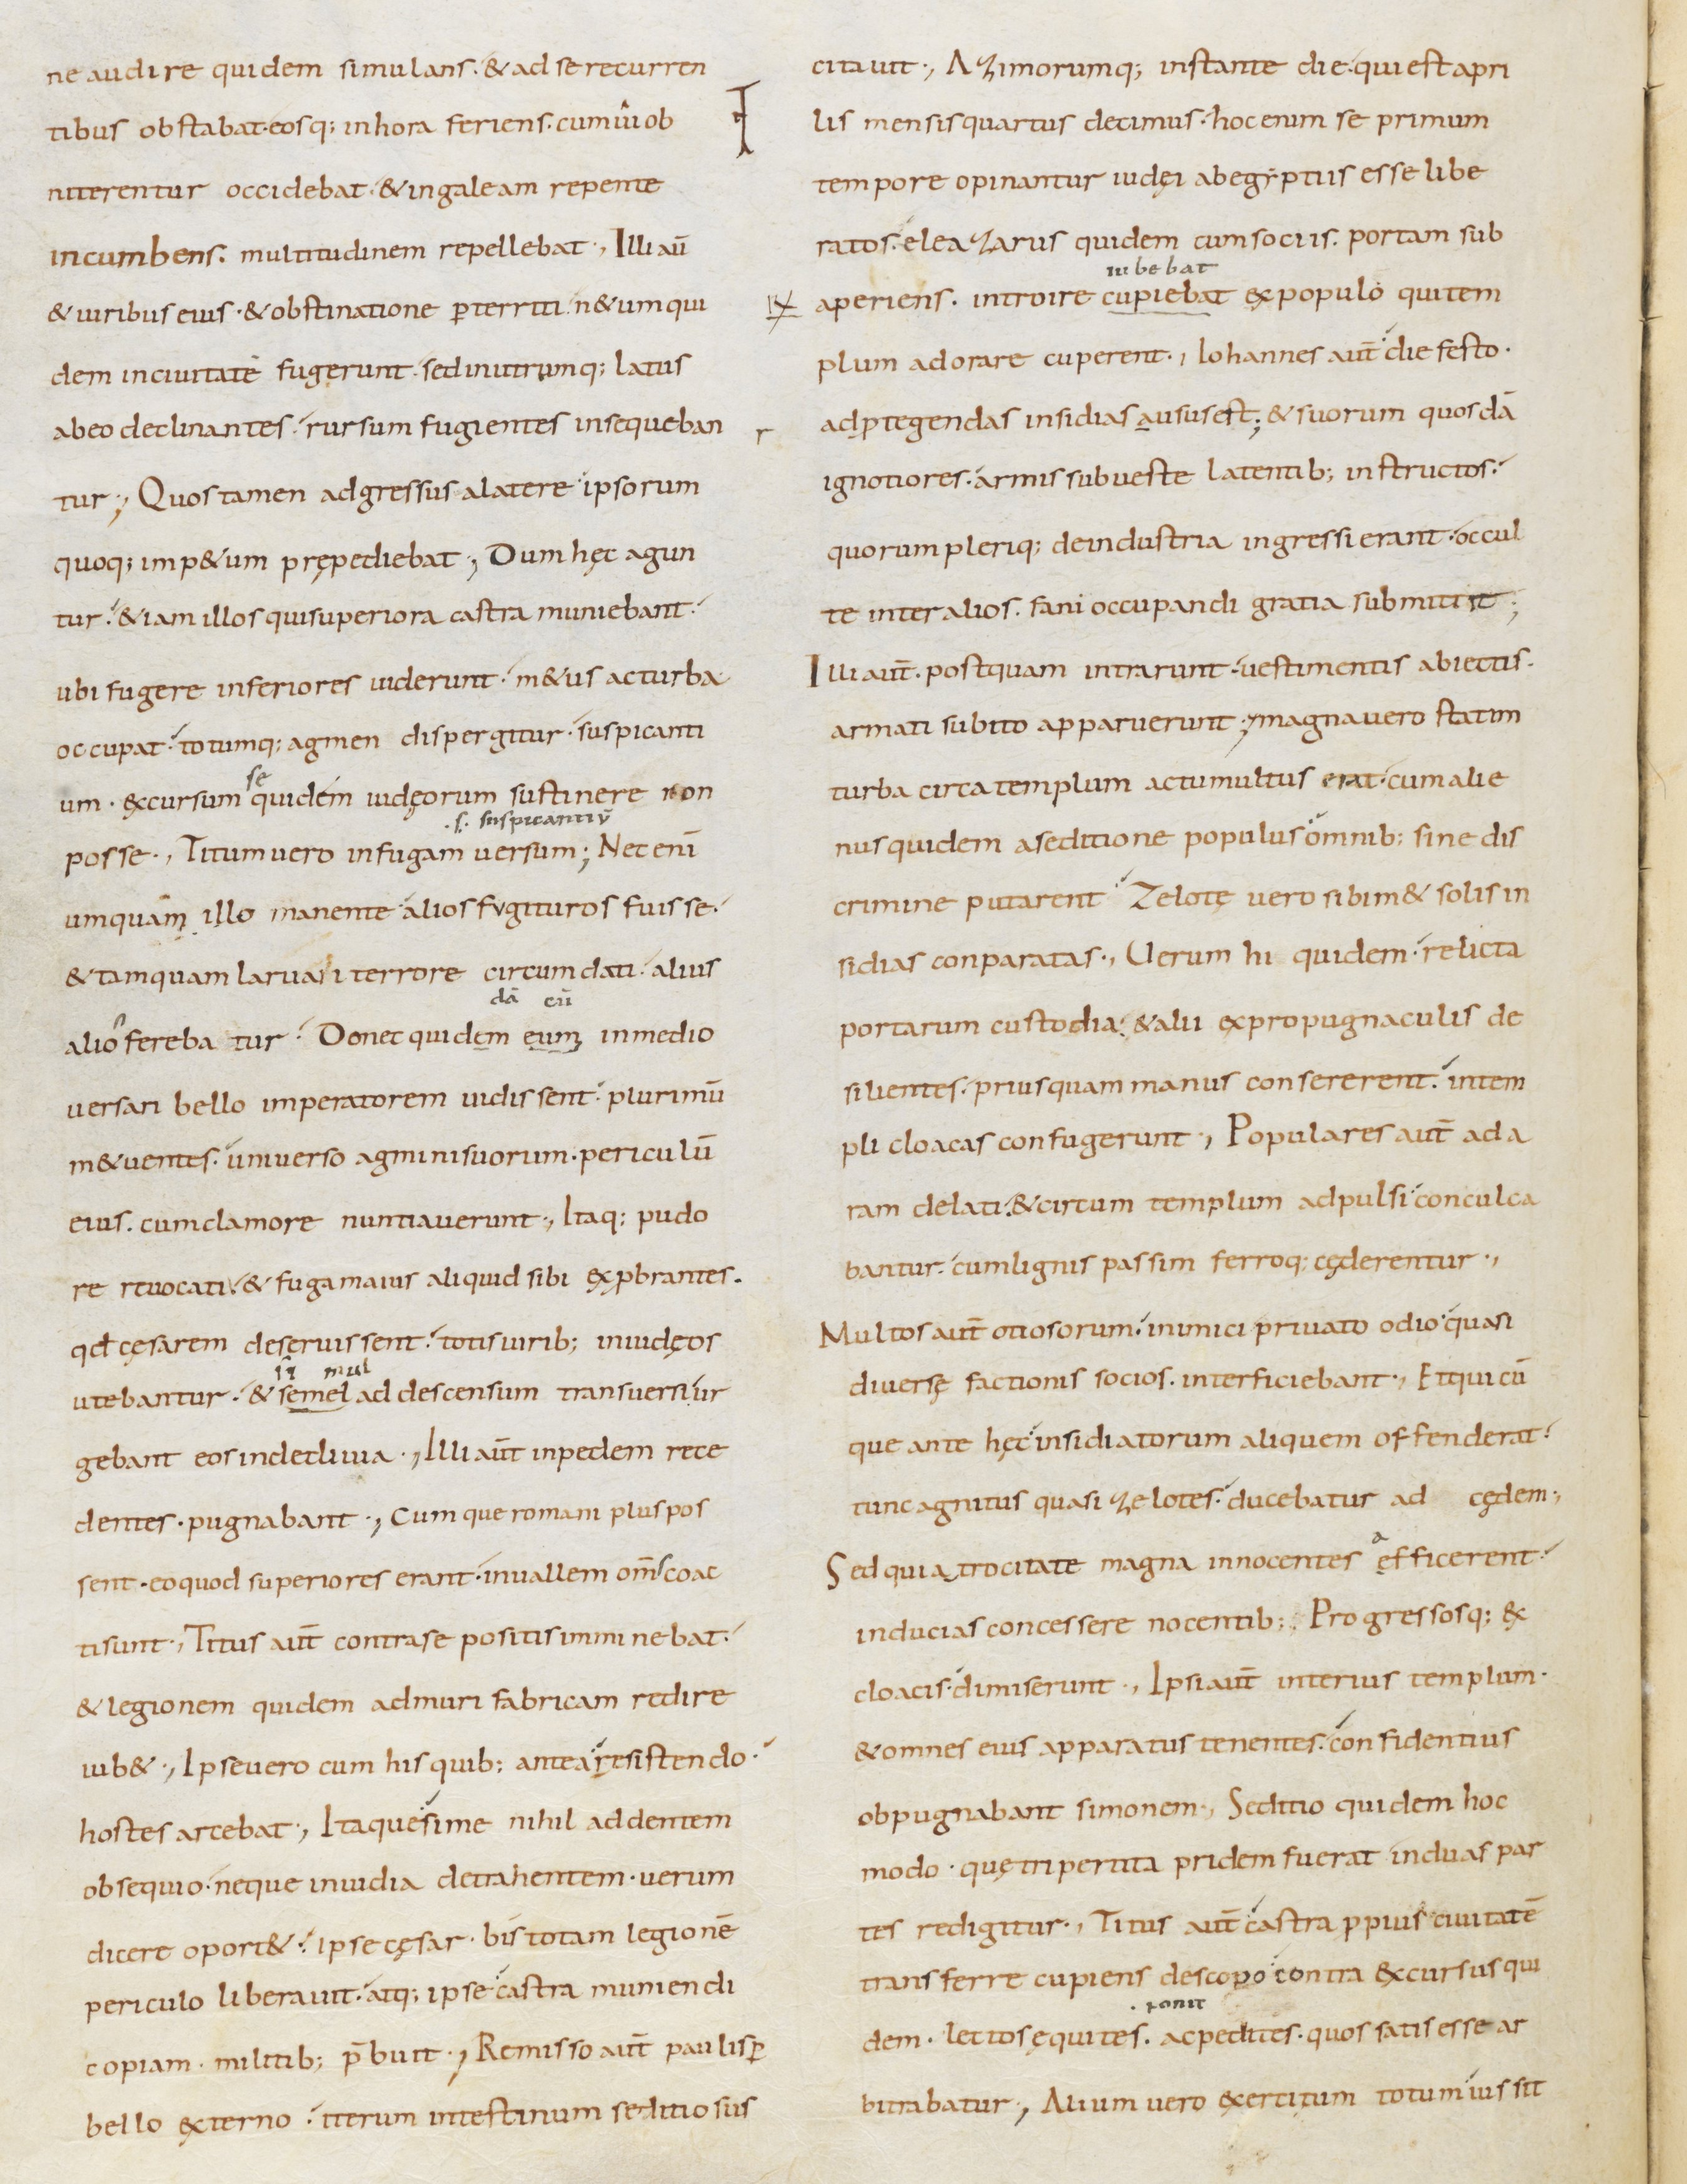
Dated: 800–899